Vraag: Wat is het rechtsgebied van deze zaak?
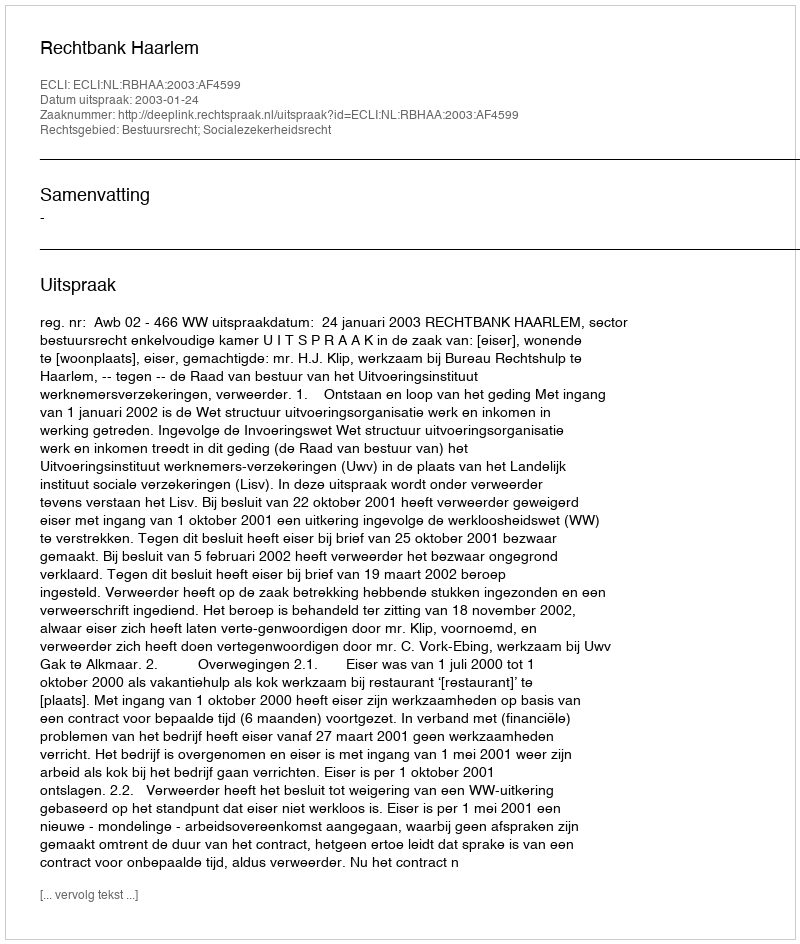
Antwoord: Bestuursrecht; Socialezekerheidsrecht